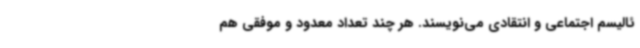
ئالیسم اجتماعی و انتقادی می‌نویسند. هر چند تعداد معدود و موفقی هم